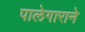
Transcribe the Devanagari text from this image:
पालेगाराने